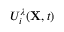
U _ { i } ^ { \lambda } ( \mathbf { X } , t )